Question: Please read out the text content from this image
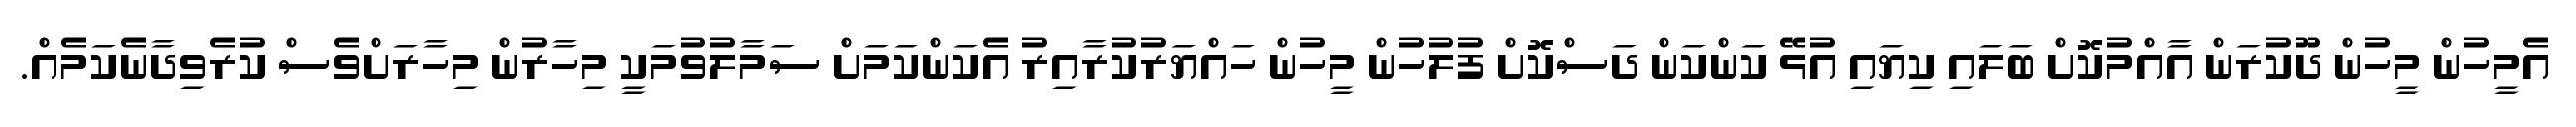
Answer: އެމީހުން މީހުން ދޫކުރަން އާއްމުކޮށް ބަލައި ކިޔައި އުޅޭ ކަންކަން ދަސްކޮށް ފުލުހުން މީހުން ހައްޔަރުކުރާއިރު އެކަންކަމަށް ސަމާލުވުމަކީ މިހާރުން މިހާރަށްވެސް ކުރެވިދާނެކަމެއް.